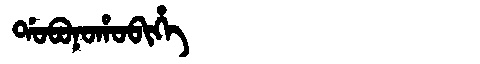
Manchu: ᡩᠣᠪᠣᠨᠣᡥᠣᠪᡳᡥᡝ
Romanization: DOBONOHOBIHE